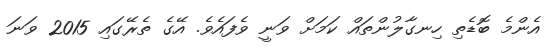
އެންމެ ބޮޑެތި ހިނގާލުންތައް ކަމަށް ވަނީ ވެފައެވެ. އޭގެ ތެރޭގައި 2015 ވަނަ